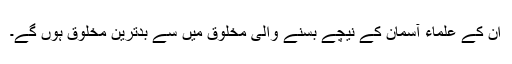
ان کے علماء آسمان کے نیچے بسنے والی مخلوق میں سے بدترین مخلوق ہوں گے۔